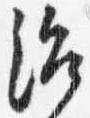
治